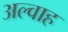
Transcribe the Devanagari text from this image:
अल्वाह